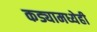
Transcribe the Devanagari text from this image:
कड्यामध्येही